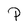
Character: P